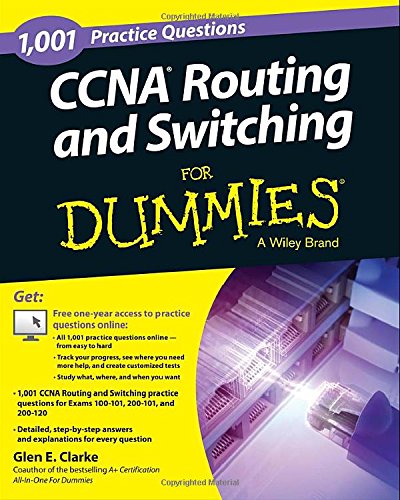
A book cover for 1,001 CCNA Routing and Switching Practice Questions For Dummies (+ Free Online Practice); Glen E. Clarke; Computers & Technology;